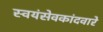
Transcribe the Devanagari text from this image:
स्वयंसेवकांदवारे